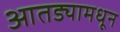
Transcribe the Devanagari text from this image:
आतड्यामधून